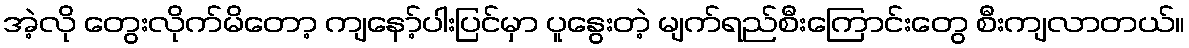
အဲ့လို တွေးလိုက်မိတော့ ကျနော့်ပါးပြင်မှာ ပူနွေးတဲ့ မျက်ရည်စီးကြောင်းတွေ စီးကျလာတယ်။